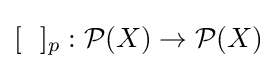
[\ \ ]_{p}:{\mathcal {P}}(X)\to {\mathcal {P}}(X)